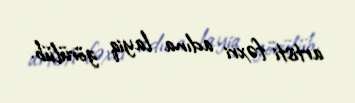
artisti fəxri adına layiq görülüb.